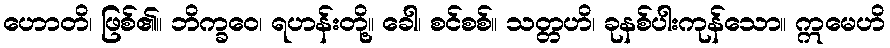
ဟောတိ၊ ဖြစ်၏။ ဘိက္ခဝေ၊ ရဟန်းတို့။ ခေါ၊ စင်စစ်။ သတ္တဟိ၊ ခုနစ်ပါးကုန်သော။ ဣမေဟိ